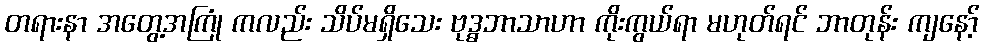
တရားနာ အတွေ့အကြုံ ကလည်း သိပ်မရှိသေး ဗုဒ္ဓဘာသာဟာ ကိုးကွယ်ရာ မဟုတ်ရင် ဘာတုန်း ကျနော့်